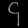
Digit: ၄